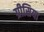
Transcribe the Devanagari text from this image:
ग्रीसिया